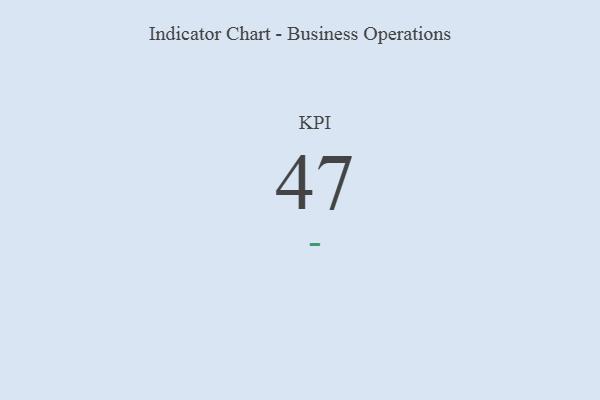
{"axis": {"x": "KPI", "y": "Value"}, "legend": [""], "data": [{"x": "KPI", "y": 47, "type": ""}]}